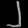
Digit: ၂